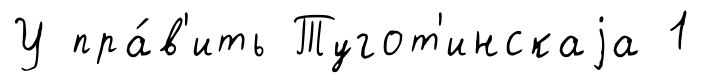
У пра́в'ить Тугот'инскаjа 1